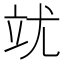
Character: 𮵥